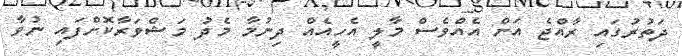
ދަތުރުގައި ރާއްޖެ އަށް އެއްވެސް މާލީ އެހީއެއް ދިނުމާ މެދު މަޝްވަރާކޮށްފައި ނުވާ